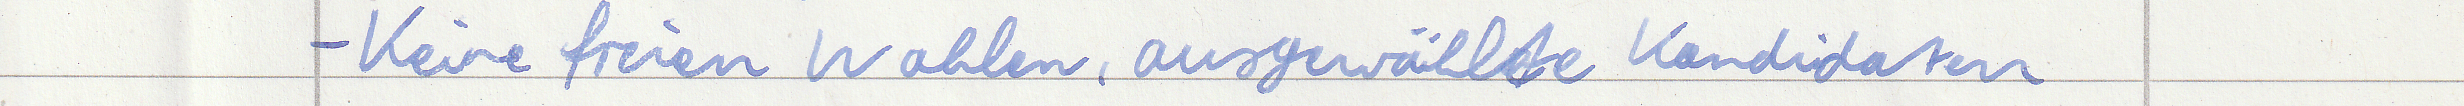
- Keine freien Wahlen, ausgewählte Kandidaten